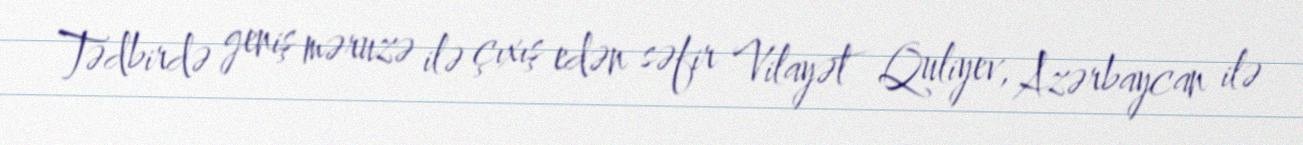
Tədbirdə geniş məruzə ilə çıxış edən səfir Vilayət Quliyev, Azərbaycan ilə